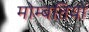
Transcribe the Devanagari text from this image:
मोम्बतियों